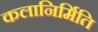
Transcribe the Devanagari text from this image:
कलानिर्मिति